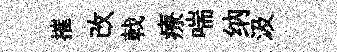
摧改戟療喘纳汲